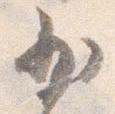
少